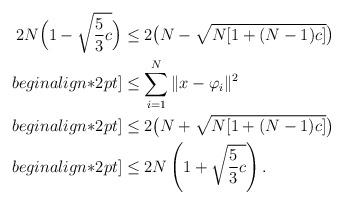
LaTeX: \begin{align*}2N\Big(1-\sqrt{\frac{5}{3}c}\Big)&\leq2\big(N-\sqrt{N[1+(N-1)c]}\big)\\begin{align*}2 pt]&\leq\sum\limits_{i=1}^{N}\|x-\varphi_{i}\|^{2}\\begin{align*}2 pt]&\leq2\big(N+\sqrt{N[1+(N-1)c]}\big)\\begin{align*}2 pt]&\leq2N\left(1+\sqrt{\frac{5}{3}c}\right).\end{align*}